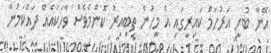
އޭނާ ބުނީ އަރުހަމް ކައިރީގައި އެ މީހުން ތިބިއިރު ކޮންމެވެސް ވާހަކައެއް ދައްކަމުން